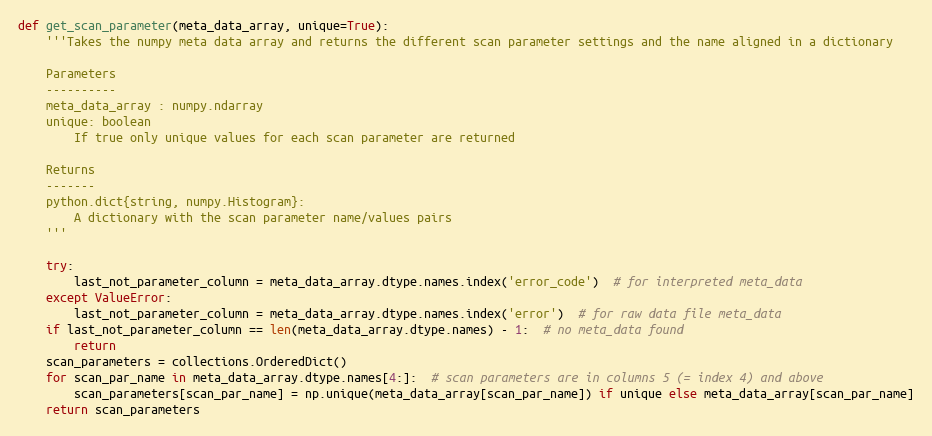
Language: Python
def get_scan_parameter(meta_data_array, unique=True):
    '''Takes the numpy meta data array and returns the different scan parameter settings and the name aligned in a dictionary

    Parameters
    ----------
    meta_data_array : numpy.ndarray
    unique: boolean
        If true only unique values for each scan parameter are returned

    Returns
    -------
    python.dict{string, numpy.Histogram}:
        A dictionary with the scan parameter name/values pairs
    '''

    try:
        last_not_parameter_column = meta_data_array.dtype.names.index('error_code')  # for interpreted meta_data
    except ValueError:
        last_not_parameter_column = meta_data_array.dtype.names.index('error')  # for raw data file meta_data
    if last_not_parameter_column == len(meta_data_array.dtype.names) - 1:  # no meta_data found
        return
    scan_parameters = collections.OrderedDict()
    for scan_par_name in meta_data_array.dtype.names[4:]:  # scan parameters are in columns 5 (= index 4) and above
        scan_parameters[scan_par_name] = np.unique(meta_data_array[scan_par_name]) if unique else meta_data_array[scan_par_name]
    return scan_parameters